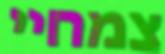
צמחיי